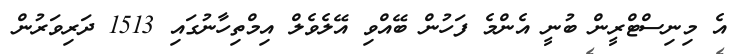
އެ މިނިސްޓްރީން ބުނީ އެންމެ ފަހުން ބޭއްވި އޭލެވެލް އިމްތިހާނުގައި 1513 ދަރިވަރުން